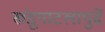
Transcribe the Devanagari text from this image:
खंडूपाटलापुढें